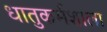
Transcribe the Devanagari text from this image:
धातुकर्मशाला